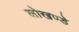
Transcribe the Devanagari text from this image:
लोखण्डे